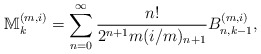
\begin{align*}\mathbb{M}_{k}^{(m,i)}\allowbreak =\allowbreak \sum_{n=0}^{\infty }\frac{n!}{2^{n+1}m(i/m)_{n+1}}B_{n,k-1}^{(m,i)}, \end{align*}